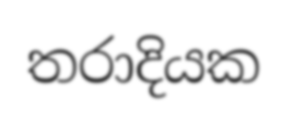
තරාදියක